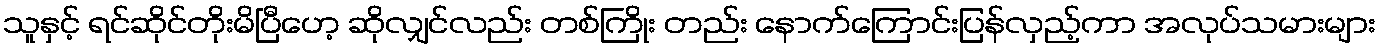
သူနှင့် ရင်ဆိုင်တိုးမိပြီဟေ့ ဆိုလျှင်လည်း တစ်ကြိုး တည်း နောက်ကြောင်းပြန်လှည့်ကာ အလုပ်သမားများ